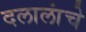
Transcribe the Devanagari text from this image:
दलालांचे